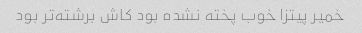
خمیر پیتزا خوب پخته نشده بود کاش برشته‌تر بود